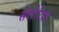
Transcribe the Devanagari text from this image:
सेलेरियो